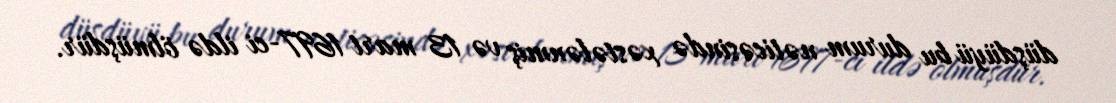
düşdüyü bu durum nəticəsində xəstələnmiş və 13 mart 1697-ci ildə ölmüşdür.